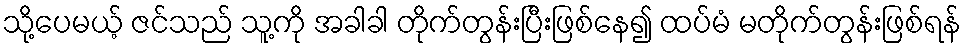
သို့ပေမယ့် ဇင်သည် သူ့ကို အခါခါ တိုက်တွန်းပြီးဖြစ်နေ၍ ထပ်မံ မတိုက်တွန်းဖြစ်ရန်